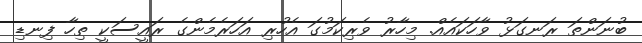
ބުނަންތަ ރަނގަޅު ވާހަކައެއް. މިހާރު ވެރިކަމުގަ އެހުރި އަހަރެމެންގެ ރައީސަކީ ތިހާ ފިނޑި